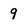
Character: 9